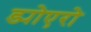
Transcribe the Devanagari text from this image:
ड्योएरो